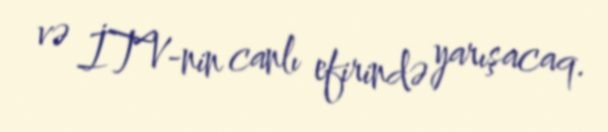
və İTV-nin canlı efirində yarışacaq.